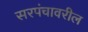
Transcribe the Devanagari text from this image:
सरपंचावरील